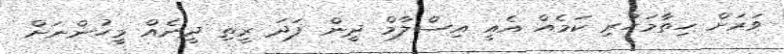
ވަރަށް ހިތާމަހުރި ކަމެއް އެއީ އިސްލާމް ދީން ފަދަ ރީތި ދީނެއް މީހުންނަށް